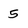
Character: 5